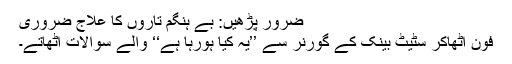
ضرور پڑھیں: بے ہنگم تاروں کا علاج ضروری
فون اٹھاکر سٹیٹ بینک کے گورنر سے ’’یہ کیا ہورہا ہے‘‘ والے سوالات اٹھاتے۔